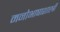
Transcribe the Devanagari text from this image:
मनोभाषाशास्त्री